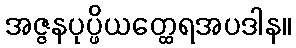
အဇ္ဇနပုပ္ဖိယတ္ထေရအပဒါန။